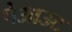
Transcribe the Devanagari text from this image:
पेआउट